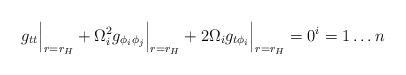
LaTeX: \begin{align*} g_{tt}\Big|_{r=r_H} + \Omega_i^2 g_{\phi_i\phi_j}\Big|_{r=r_H} + 2 \Omega_i g_{t \phi_i}\Big|_{r=r_H} = 0\sp i = 1 \ldots n\end{align*}